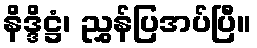
နိဒ္ဒိဋ္ဌံ၊ ညွှန်ပြအပ်ပြီ။